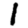
Digit: 1